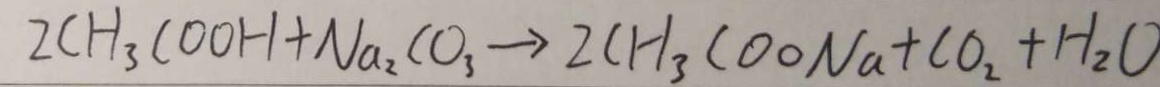
2 C H _ { 3 } C O O H + N a _ { 2 } C O _ { 3 } \rightarrow 2 C H _ { 3 } C O O N a + C O _ { 2 } + H _ { 2 } O